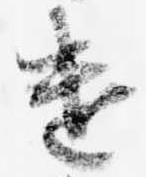
遣